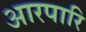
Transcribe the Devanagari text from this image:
आरपारि